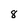
Character: 8